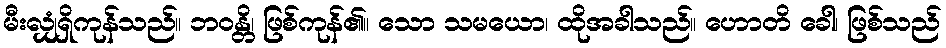
မီးလျှံရှိကုန်သည်။ ဘဝန္တိ၊ ဖြစ်ကုန်၏။ သော သမယော၊ ထိုအခါသည်။ ဟောတိ ခေါ၊ ဖြစ်သည်